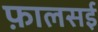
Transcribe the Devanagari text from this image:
फ़ालसई